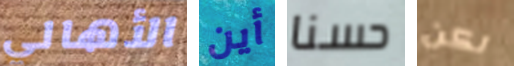
الأهالي أين حسنا لكن